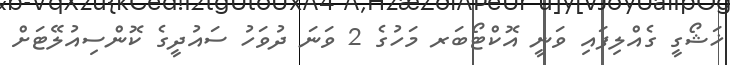
ޚަޝޯގީ ގެއްލިފައި ވަނީ އޮކްޓޯބަރ މަހުގެ 2 ވަނަ ދުވަހު ސައުދީގެ ކޮންސިއުލޭޓަށް